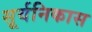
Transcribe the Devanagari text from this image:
सूर्यनिकास